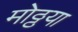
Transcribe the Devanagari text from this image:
मोठ्ठया